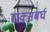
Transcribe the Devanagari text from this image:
राक्सबर्घ